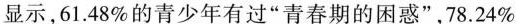
显示，61.48\%的青少年有过“青春期的困惑”，78.24\%